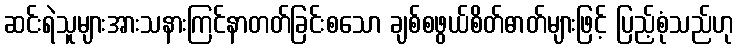
ဆင်းရဲသူများအားသနားကြင်နာတတ်ခြင်းစသော ချစ်စဖွယ်စိတ်ဓာတ်များဖြင့် ပြည့်စုံသည်ဟု